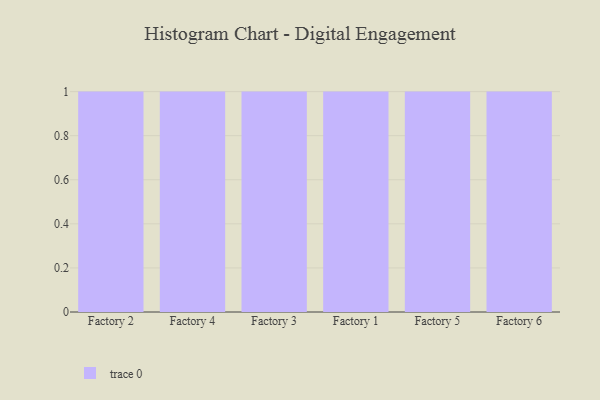
{"axis": {"x": "Factory", "y": "Conversion Rate (%)"}, "legend": [""], "data": [{"x": "Factory 2", "y": 63, "type": ""}, {"x": "Factory 4", "y": 62, "type": ""}, {"x": "Factory 3", "y": 93, "type": ""}, {"x": "Factory 1", "y": 99, "type": ""}, {"x": "Factory 5", "y": 3, "type": ""}, {"x": "Factory 6", "y": 41, "type": ""}]}